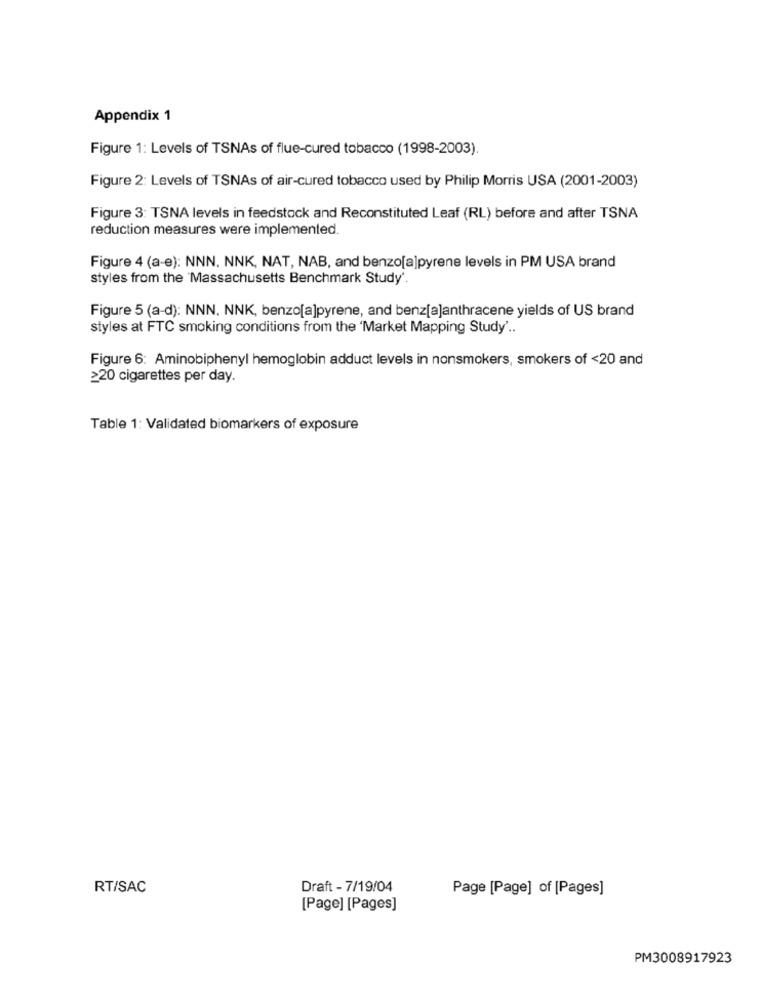
Appendix 1
Figure 1: Levels of TSNAs of flue-cured tobacco (1998-2003).
Figure 2: Levels of TSNAs of air-cured tobacco used by Philip Morris USA (2001-2003)
Figure 3: TSNA levels in feedstock and Reconstituted Leaf (RL) before and after TSNA
reduction measures were implemented.
Figure 4 (a-e): NNN. NNK, NAT, NAB, and benzo[a]pyrene levels in PM USA brand
styles from the 'Massachusetts Benchmark Study'.
Figure 5 (a-d): NNN. NNK, benzo[a]pyrene, and benz[a]anthracene yields of US brand
styles at FTC smoking conditions from the 'Market Mapping Study' ..
Figure 6: Aminobiphenyl hemoglobin adduct levels in nonsmokers, smokers of <20 and
≥20 cigarettes per day.
Table 1: Validated biomarkers of exposure
RT/SAC
Draft - 7/19/04
Page [Page] of [Pages]
[Page] [Pages]
PM3008917923